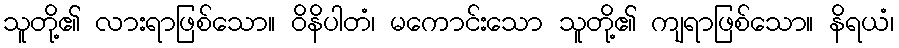
သူတို့၏ လားရာဖြစ်သော။ ဝိနိပါတံ၊ မကောင်းသော သူတို့၏ ကျရာဖြစ်သော။ နိရယံ၊